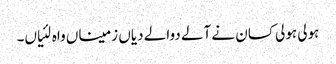
ہولی ہولی کسان نے آلے دوالے دیاں زمیناں واہ لئیاں۔